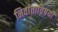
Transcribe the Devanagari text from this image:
निर्वाताविषयी